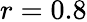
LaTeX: r=0.8